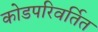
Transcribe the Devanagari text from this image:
कोडपरिवर्तित